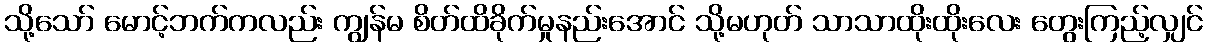
သို့သော် မောင့်ဘက်ကလည်း ကျွန်မ စိတ်ထိခိုက်မှုနည်းအောင် သို့မဟုတ် သာသာထိုးထိုးလေး တွေးကြည့်လျှင်